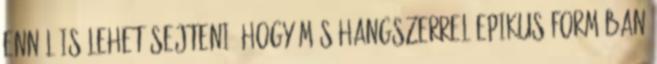
ennél is lehet sejteni, hogy más hangszerrel epikus formában